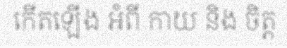
កើតឡើង អំពី កាយ និង ចិត្ត